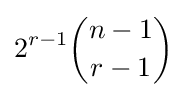
2^{r-1}{\binom {n-1}{r-1}}